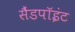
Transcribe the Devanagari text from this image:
सैंडपॉइंट